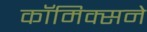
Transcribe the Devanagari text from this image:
कॉमिक्सने